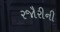
રજૌરીની